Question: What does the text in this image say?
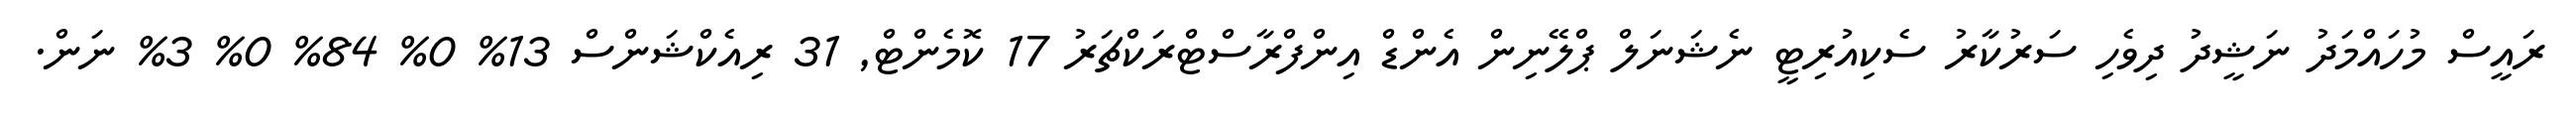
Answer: ރައީސް މުހައްމަދު ނަޝީދު ދިވެހި ސަރުކާރު ސެކިއުރިޓީ ނެޝަނަލް ޕްލޭނިން އެންޑް އިންފްރާސްޓްރަކްޗަރު 17 ކޮމެންޓް, 31 ރިއެކްޝަންސް 13% 0% 84% 0% 3% ނަން.